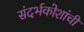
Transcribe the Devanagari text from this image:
संदर्भकोशांची